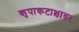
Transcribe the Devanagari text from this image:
कृपाकटाक्षावर